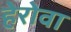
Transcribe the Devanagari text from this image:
हेरोवा